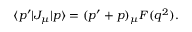
\langle p ^ { \prime } | J _ { \mu } | p \rangle = ( p ^ { \prime } + p ) _ { \mu } F ( q ^ { 2 } ) .